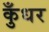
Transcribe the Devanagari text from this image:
कुँधर